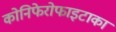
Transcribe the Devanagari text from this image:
कोनिफेरोफाइटाका